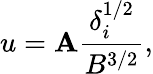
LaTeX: u=\mathbf{A}\frac{{\delta_{i}^{1/2}}}{{B^{3/2}}},